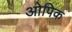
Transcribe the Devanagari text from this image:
ओपिक